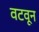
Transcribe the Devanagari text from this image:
वटवून